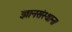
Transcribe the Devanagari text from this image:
ज्ञानसंस्थान।